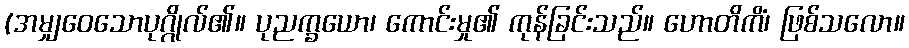
(အမျှဝေသောပုဂ္ဂိုလ်၏။ ပုညက္ခယော၊ ကောင်းမှု၏ ကုန်ခြင်းသည်။ ဟောတိကိံ၊ ဖြစ်သလော။